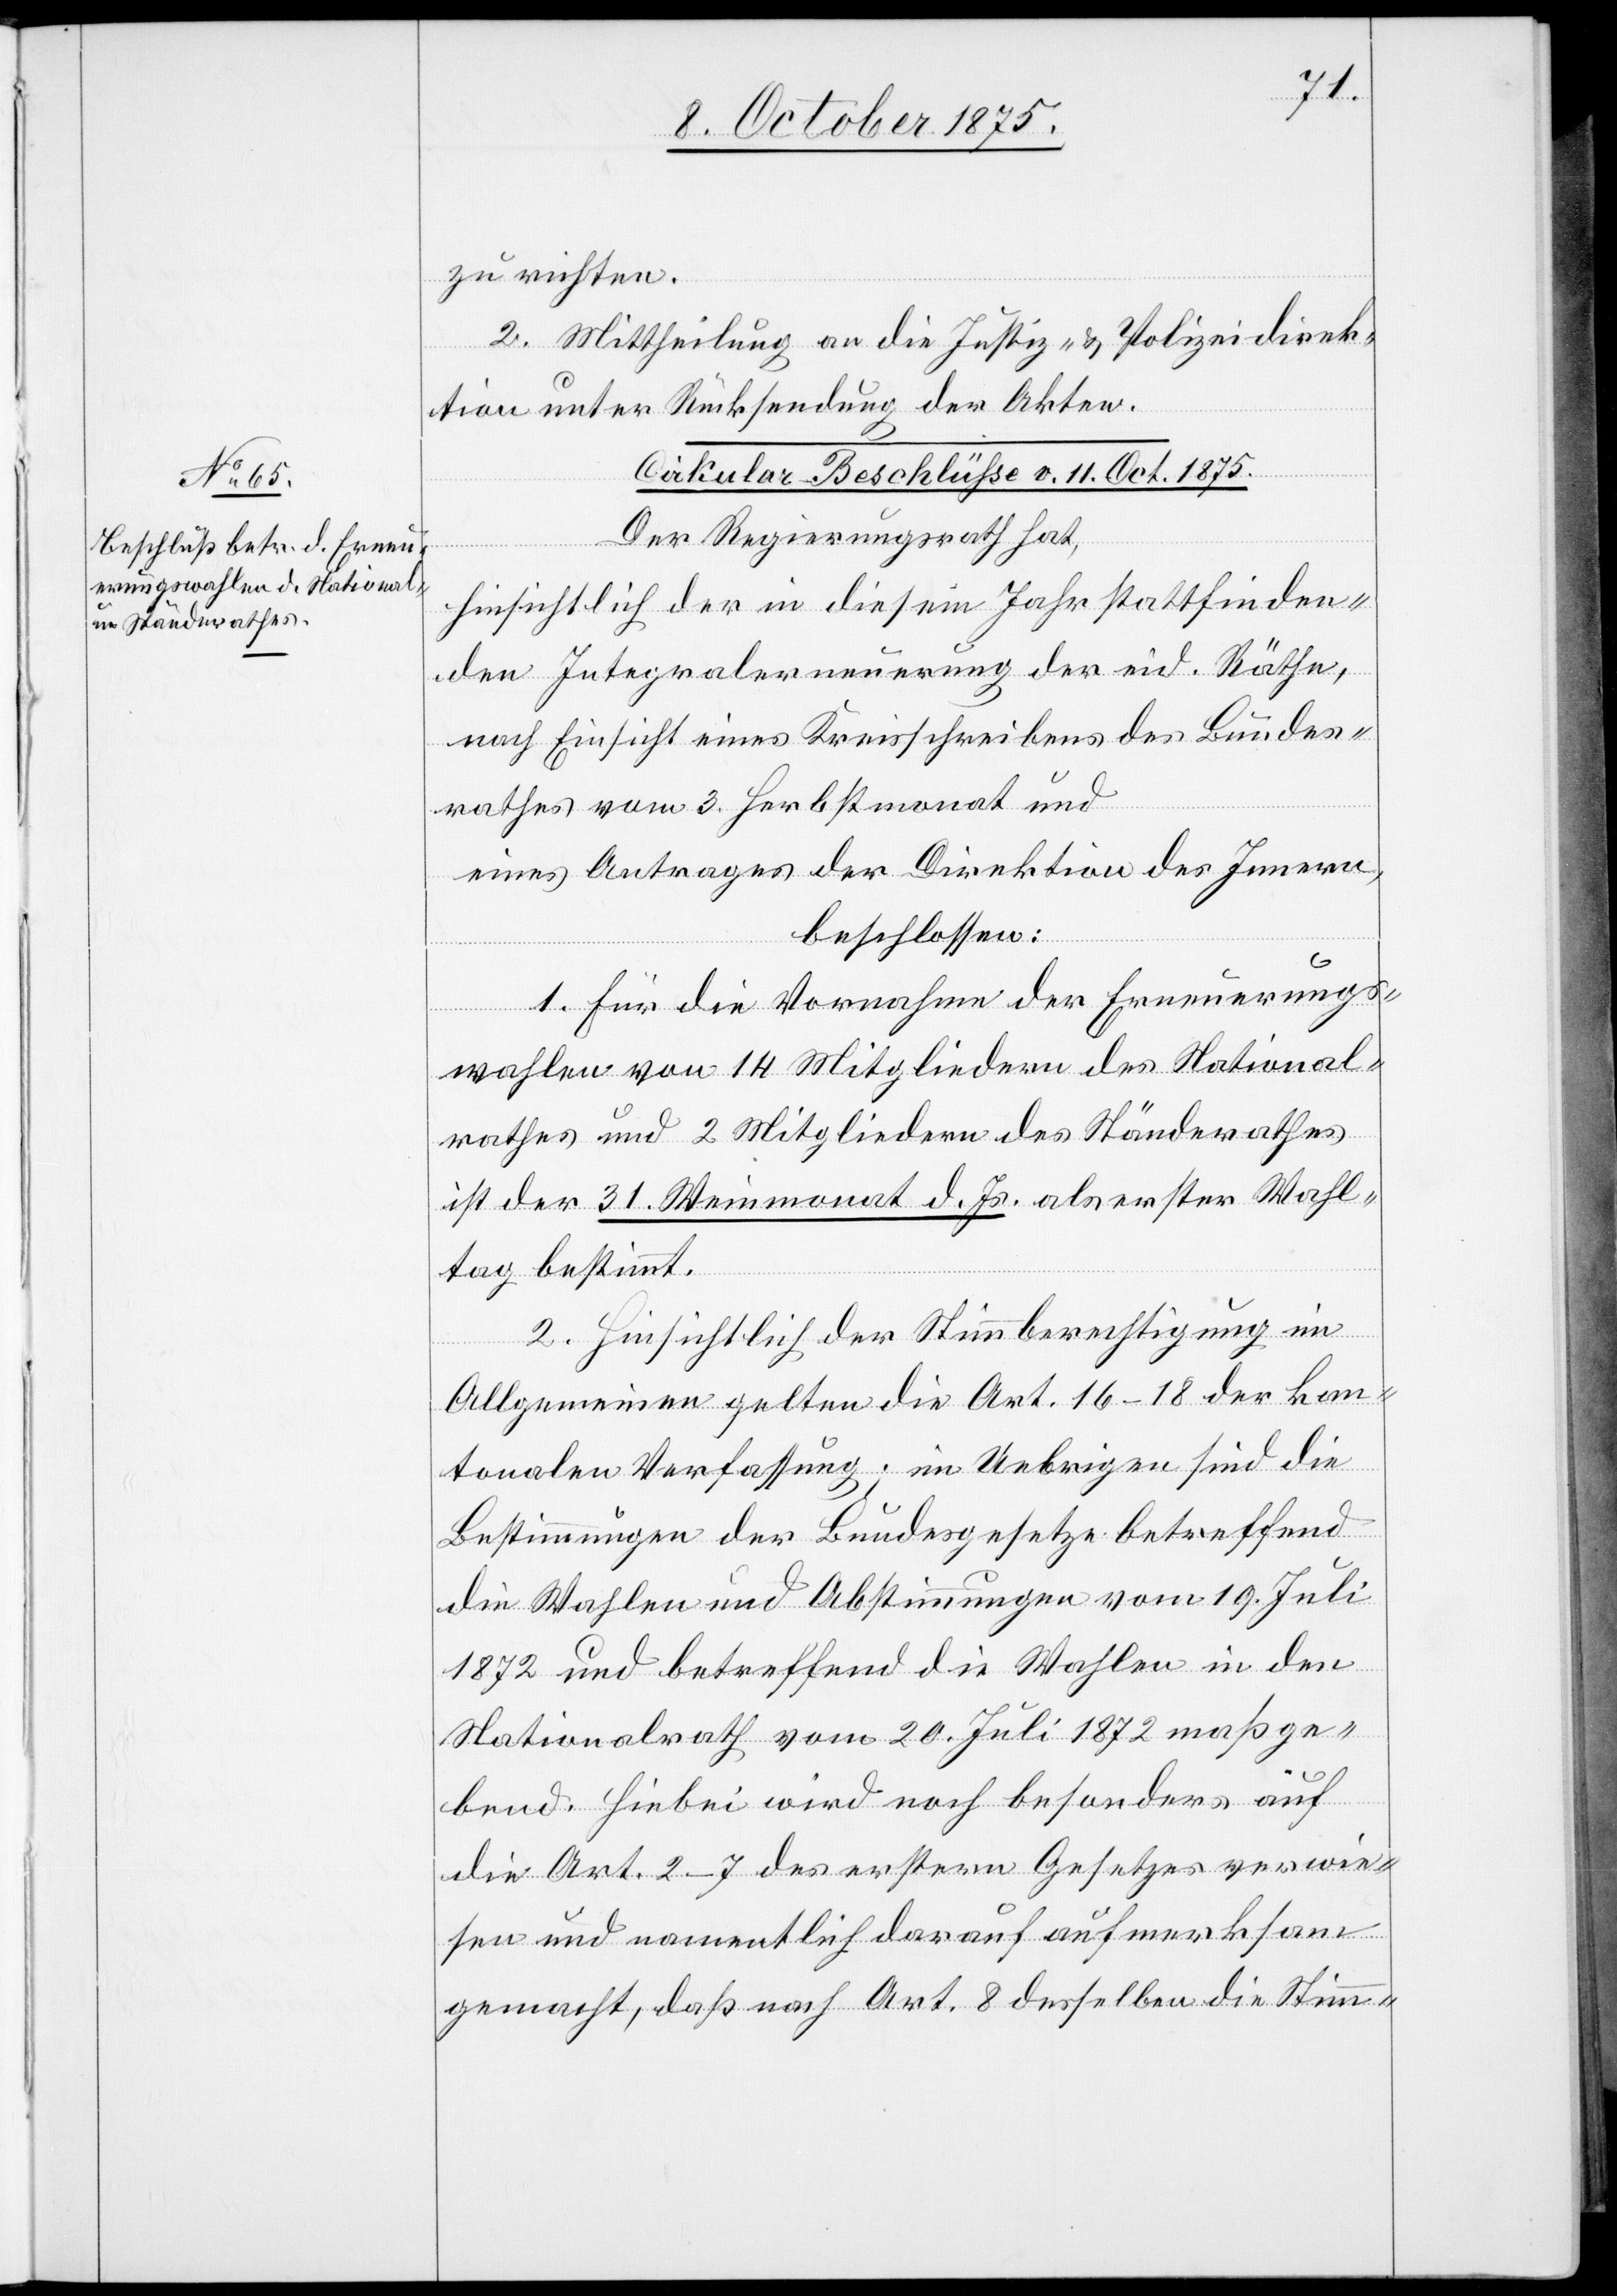
zu richten.
2. Mittheilung an die Justiz- & Polizeidirek¬
tion unter Rückstellung der Akten.
Cirkular-Beschlüße v. 11. Oct. 1875.
Der Regierungsrath hat,
hinsichtlich der in diesem Jahr stattfinden¬
den Integralerneuerung der eid. Räthe,
nach Einsicht eines Kreisschreibens des Bundes¬
rathes vom 3. Herbstmonat und
eines Antrages der Direktion des Innern,
beschlossen:
1. Für die Vornahme der Erneuerungs¬
wahlen von 14 Mitgliedern des National¬
rathes und 2 Mitgliedern des Ständerathes
ist der 31. Weinmonat d. Js. als erster Wahl¬
tag bestimmt.
2. Hinsichtlich der Stimmberechtigung im
Allgemeinden gelten die Art. 16–18 der kan¬
tonalen Verfassung; im Uebrigen sind die
Bestimmungen der Bundesgesetze betreffend
die Wahlen und Abstimmungen vom 19. Juli
1872 und betreffend die Wahlen in den
Nationalrath vom 20. Juli 1872 maßge¬
bend. Hiebei wird noch besonders auf
die Art. 2–7 des erstern Gesetzes verwie¬
sen und namentlich darauf aufmerksam
gemacht, daß nach Art. 8 desselben die Stimm-